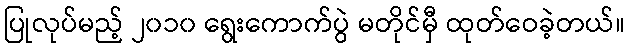
ပြုလုပ်မည့် ၂၀၁၀ ရွေးကောက်ပွဲ မတိုင်မှီ ထုတ်ဝေခဲ့တယ်။